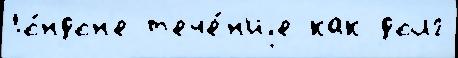
Ло́ндон'е т'ече́н'иjе как долг